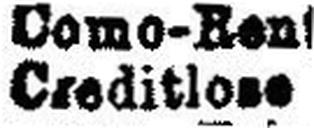
Creditlose